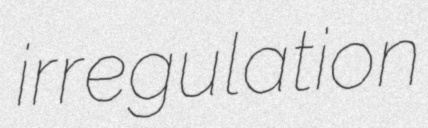
irregulation